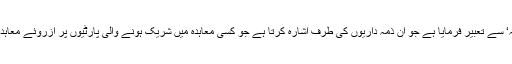
دوسری کو ’ذمّہ‘ سے تعبیر فرمایا ہے جو ان ذمہ داریوں کی طرف اشارہ کرتا ہے جو کسی معاہدہ میں شریک ہونے والی پارٹیوں پر ازروئے معاہدہ عائد ہوتی ہیں۔